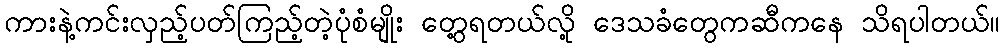
ကားနဲ့ကင်းလှည့်ပတ်ကြည့်တဲ့ပုံစံမျိုး တွေ့ရတယ်လို့ ဒေသခံတွေကဆီကနေ သိရပါတယ်။